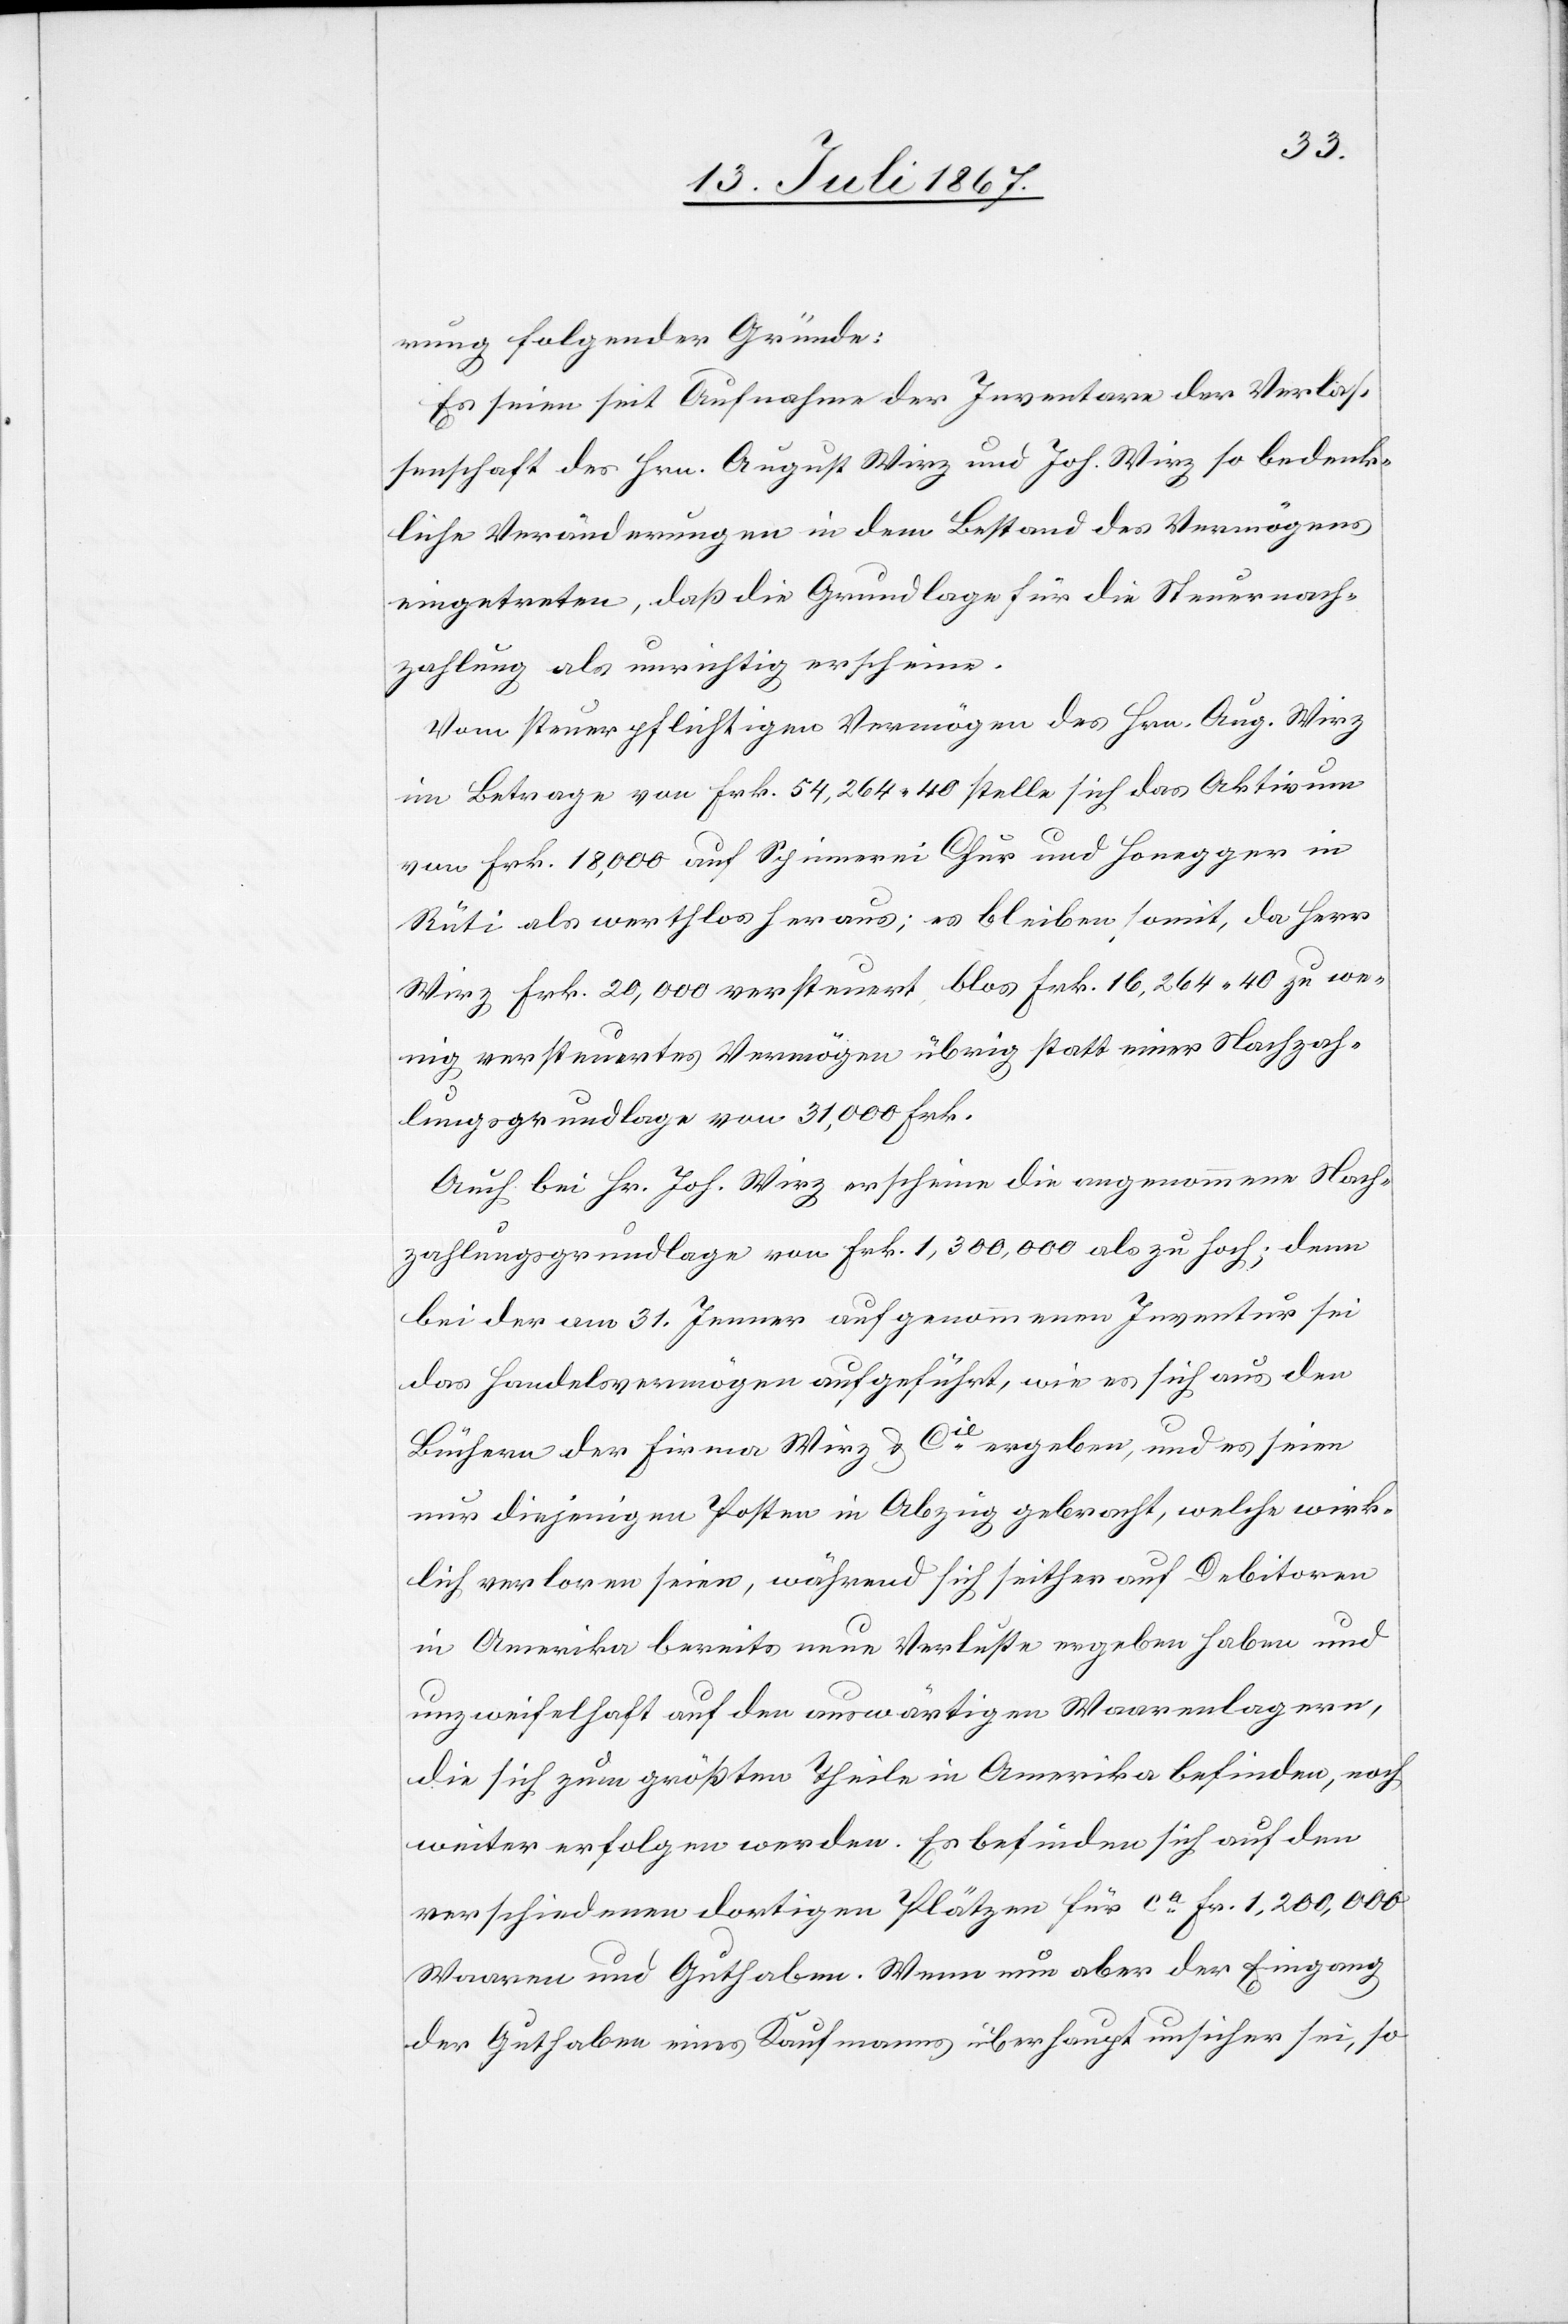
rung folgender Gründe:
Es seien seit Aufnahme der Inventare der Verlas¬
senschaft des Hrn. August Wirz und Joh. Wirz so bedenk¬
liche Veränderungen in dem Bestand des Vermögens
eingetreten, daß die Grundlage für die Steuernach¬
zahlung als unrichtig erscheine.
Vom steuerpflichtigen Vermögen des Hrn. Aug. Wirz
im Betrage von Frk. 54 264.40 stellt sich das Aktivum
von Frk. 18 000 auf Spinnerei Chur und Honegger in
Rüti als werthlos heraus; es bleiben somit, da Herr
Wirz Frk. 20 000 versteuert, blos Frk. 16 264.40 zu we¬
nig versteuertes Vermögen übrig statt einer Nachzah¬
lungsgrundlage von 31 000 Frk.
Auch bei Hr. Joh. Wirz erscheine die angenommene Nach¬
zahlungsgrundlage von Frk. 1 300 000 als zu hoch; denn
bei der am 31. Jenner aufgenommenen Inventur sei
das Handelsvermögen aufgeführt, wie es sich aus den
Büchern der Firma Wirz & Cie. ergebe, und es seien
nur diejenigen Posten in Abzug gebracht, welche wirk¬
lich verloren seien, während sich seither auf Debitoren
in Amerika bereits neue Verluste ergeben haben und
unzweifelhaft auf den auswärtigen Waarenlagern,
die sich zum größten Theile in Amerika befinden, noch
weiter erfolgen werden. Es befinden sich auf den
verschiedenen dortigen Plätzen für ca. Fr. 1 200 000
Waaren und Guthaben. Wenn nun aber der Eingang
der Guthaben eines Kaufmanns überhaupt unsicher sei, so